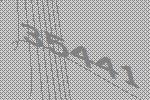
35441